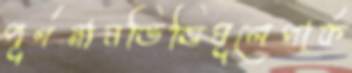
পূর্ণনামভিত্তিমূলেপার্ক